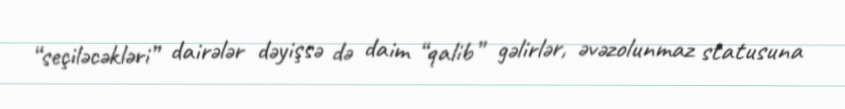
“seçiləcəkləri” dairələr dəyişsə də daim “qalib” gəlirlər, əvəzolunmaz statusuna